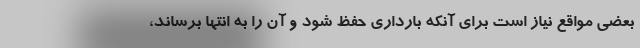
بعضی مواقع نیاز است برای آنکه بارداری حفظ شود و آن را به انتها برساند،